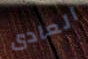
العادى